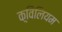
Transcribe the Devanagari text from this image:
क़्विलियम